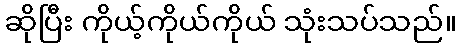
ဆိုပြီး ကိုယ့်ကိုယ်ကိုယ် သုံးသပ်သည်။